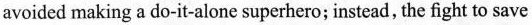
avoided making a do-it-alone superhero; instead, the fight to save